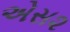
એસ૨